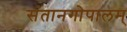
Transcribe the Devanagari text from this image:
संतानगोपालम्